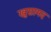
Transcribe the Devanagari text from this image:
खुसामद